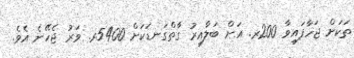
ތަކަށް ޖަހާފައިވާ 200ރ. އަށް ބަލާއިރު ގާތްގަނޑަކަށް 5400ރ. ވަރު ޖެހޭނެ އެވެ.